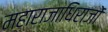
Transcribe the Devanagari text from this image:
महाराजाधिराजों